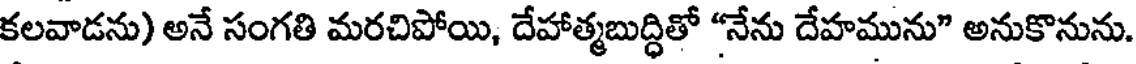
కలవాడను) అనే సంగతి మరచిపోయి, దేహాత్మబుద్ధితో "నేను దేహమును" అనుకొనును.